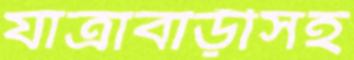
যাত্রাবাড়ীসহ